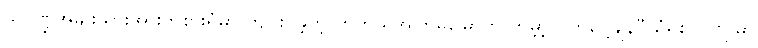
သုဝဏ္ဍအမျိုးသားအားကစားရုံမှာ ကျင်းပခဲ့တဲ့ တတိယအကြိမ်မြောက် ကမ္ဘာ့လက်ဝှေ့ချန်ပီယံရှစ် ပြိုင်ပွဲမှာ